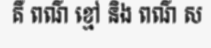
គឺ ពណ៌ ខ្មៅ និង ពណ៌ ស